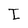
Character: I